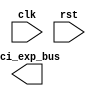
module timing_control_and_synchronization (
    input wire clk,
    input wire rst,
    output wire pci_exp_bus,
    // add other input/output ports as needed
);

// define your modules and logic here

endmodule